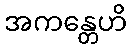
အကန္တေဟိ